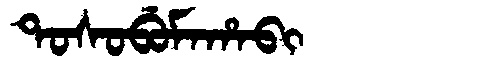
Manchu: ᡨᠣᠰᠣᠪᡠᠮᠠᡥᠠᠪᡳ
Romanization: TOSOBUMAHABI